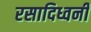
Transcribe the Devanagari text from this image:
रसादिध्वनी